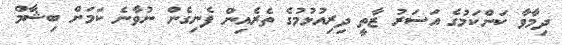
ދިމާވާ ކަންކަމުގެ އަސަރު ޒާތީ ދިރިއުޅުމުގެ ތެރެއިން ފެނިގެން ނުވާނެ ކަމަށް ބިޝާމް